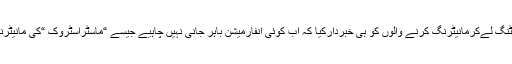
اور پہلی بار اے ڈی جی نے میٹنگ لےکرمانیٹرنگ کرنے والوں کو ہی خبردار‌کیا کہ اب کوئی انفارمیشن باہر جانی نہیں چاہیے جیسے “ماسٹراسٹروک “کی مانیٹرنگ کی جانکاری باہر چلی گئی۔